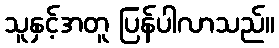
သူနှင့်အတူ ပြန်ပါလာသည်။